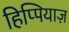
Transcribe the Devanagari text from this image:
हिप्पियाज़